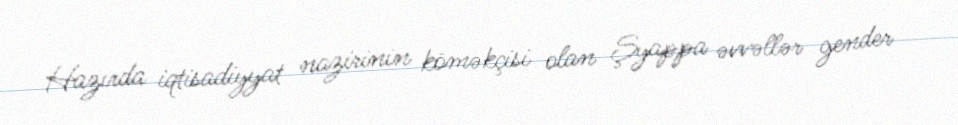
Hazırda iqtisadiyyat nazirinin köməkçisi olan Şyappa əvvəllər gender